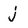
Character: j